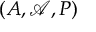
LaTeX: ( A , { \mathcal { A } } , P )